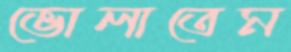
ভোলাতেম